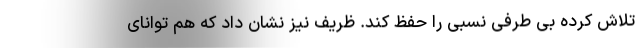
تلاش کرده بی طرفی نسبی را حفظ کند. ظریف نیز نشان داد که هم توانای